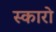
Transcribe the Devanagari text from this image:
स्कारो